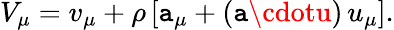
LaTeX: V_{\mu}=v_{\mu}+\rho\, [\mathtt{a}_{\mu}+(\mathtt{a}\cdotu)\, u_{\mu}].